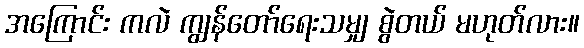
အကြောင်း ကလဲ ကျွန်တော်ရေးသမျှ စွဲတယ် မဟုတ်လား။